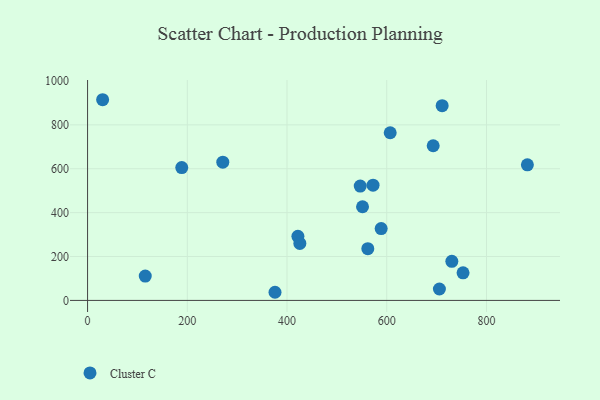
{"axis": {"x": "Engine Size", "y": "Demand"}, "legend": ["Cluster C"], "data": [{"x": "421.8", "y": 292.2, "type": "Cluster C"}, {"x": "730.5", "y": 178.1, "type": "Cluster C"}, {"x": "271.2", "y": 630.0, "type": "Cluster C"}, {"x": "188.9", "y": 605.4, "type": "Cluster C"}, {"x": "588.8", "y": 327.6, "type": "Cluster C"}, {"x": "705.6", "y": 52.1, "type": "Cluster C"}, {"x": "711.1", "y": 887.3, "type": "Cluster C"}, {"x": "562.0", "y": 236.0, "type": "Cluster C"}, {"x": "606.9", "y": 764.1, "type": "Cluster C"}, {"x": "551.4", "y": 426.9, "type": "Cluster C"}, {"x": "425.7", "y": 259.7, "type": "Cluster C"}, {"x": "693.1", "y": 704.8, "type": "Cluster C"}, {"x": "375.9", "y": 37.1, "type": "Cluster C"}, {"x": "546.8", "y": 521.1, "type": "Cluster C"}, {"x": "115.7", "y": 110.8, "type": "Cluster C"}, {"x": "30.2", "y": 914.6, "type": "Cluster C"}, {"x": "882.0", "y": 617.7, "type": "Cluster C"}, {"x": "753.0", "y": 125.6, "type": "Cluster C"}, {"x": "572.5", "y": 525.1, "type": "Cluster C"}]}